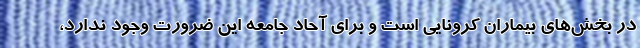
در بخش‌های بیماران کرونایی است و برای آحاد جامعه این ضرورت وجود ندارد،